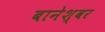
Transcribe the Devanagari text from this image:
बानेश्वर